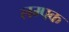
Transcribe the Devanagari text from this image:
लम्पक